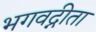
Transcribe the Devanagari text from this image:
भगवद्नीता